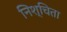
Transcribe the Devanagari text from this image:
निश्चिता